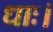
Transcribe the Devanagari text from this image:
धाः।